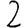
Digit: 2